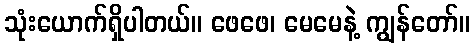
သုံးယောက်ရှိပါတယ်။ ဖေဖေ၊ မေမေနဲ့ ကျွန်တော်။